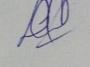
Signature authenticity: genuine